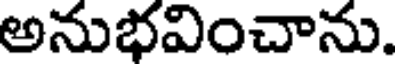
అనుభవించాను.